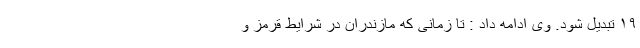
۱۹ تبدیل شود. وی ادامه داد : تا زمانی که مازندران در شرایط قرمز و